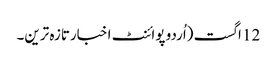
12 اگست (اُردو پوائنٹ اخبارتازہ ترین۔